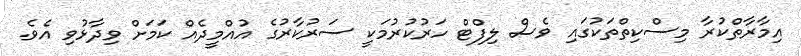
އިމާރާތްކުރާ މިސްކިތްތަކުގައި ވެސް ލިފްޓް ހަރުކުރުމަކީ ސަރުކާރުގެ އުއްމީދެއް ކަމަށް ވިދާޅުވި އެވެ.